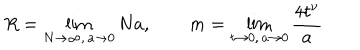
R = \lim _ { N \to \infty , \, a \to 0 } N a , \qquad m = \lim _ { t \to 0 , \, a \to 0 } \frac { 4 t ^ { \nu } } { a }